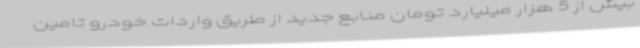
بیش از 5 هزار میلیارد تومان منابع جدید از طریق واردات خودرو تامین